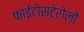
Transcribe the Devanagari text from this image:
फाईटोस्टेरोलों